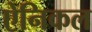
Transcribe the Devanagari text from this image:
ऐनिकल